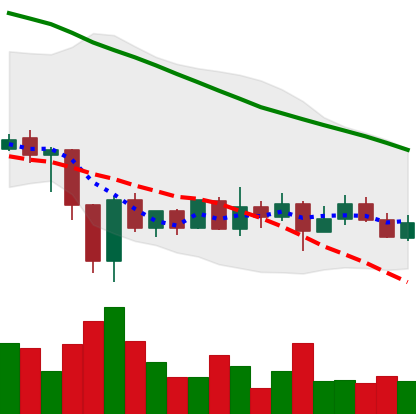
Ticker: ADA-USD
Chart end date: 2020-01-01
Forward return: 11.399%
Label: up_7plus